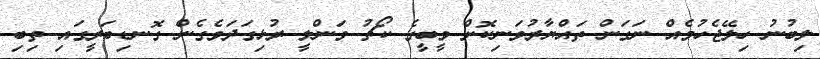
ލިބުނު ހިލޭޖެހުމެއް ނަގަން ތައްޔާރުވަނިކޮށް ވީބީގެ ކޯޗު ވަންލީ ރުޅިގަދަވެގެން ގޮނޑިބަރީގައި ތިބި